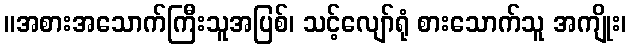
။အစားအသောက်ကြီးသူအပြစ်၊ သင့်လျော်ရုံ စားသောက်သူ အကျိုး၊